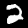
Label: 2